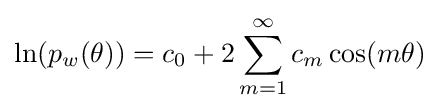
\ln(p_{w}(\theta ))=c_{0}+2\sum _{m=1}^{\infty }c_{m}\cos(m\theta )